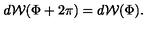
d { \cal W } ( \Phi + 2 \pi ) = d { \cal W } ( \Phi ) .